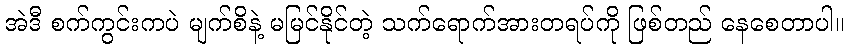
အဲဒီ စက်ကွင်းကပဲ မျက်စိနဲ့ မမြင်နိုင်တဲ့ သက်ရောက်အားတရပ်ကို ဖြစ်တည် နေစေတာပါ။